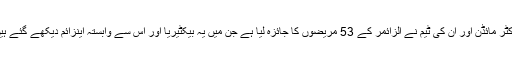
ڈاکٹر مائڈن اور ان کی ٹیم نے الزائمر کے 53 مریضوں کا جائزہ لیا ہے جن میں یہ بیکٹیریا اور اس سے وابستہ اینزائم دیکھے گئے ہیں۔